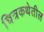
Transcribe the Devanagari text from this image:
चित्रकथेतील